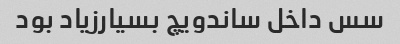
سس داخل ساندویچ بسیارزیاد بود